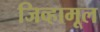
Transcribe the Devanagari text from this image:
जिव्हामूल